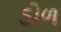
ડોળ